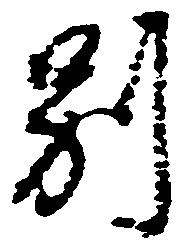
別